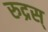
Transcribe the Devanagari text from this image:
रुद्रस्